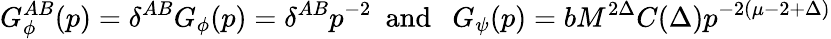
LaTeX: G_{\phi}^{AB}(p)=\delta^{AB}G_{\phi}(p)={\delta^{AB}}{p^{-2}}\ \ \mathrm{and}\ \ \ G_{\psi}(p)={b}M^{2\Delta}C(\Delta){p^{-2(\mu-2+\Delta)}}